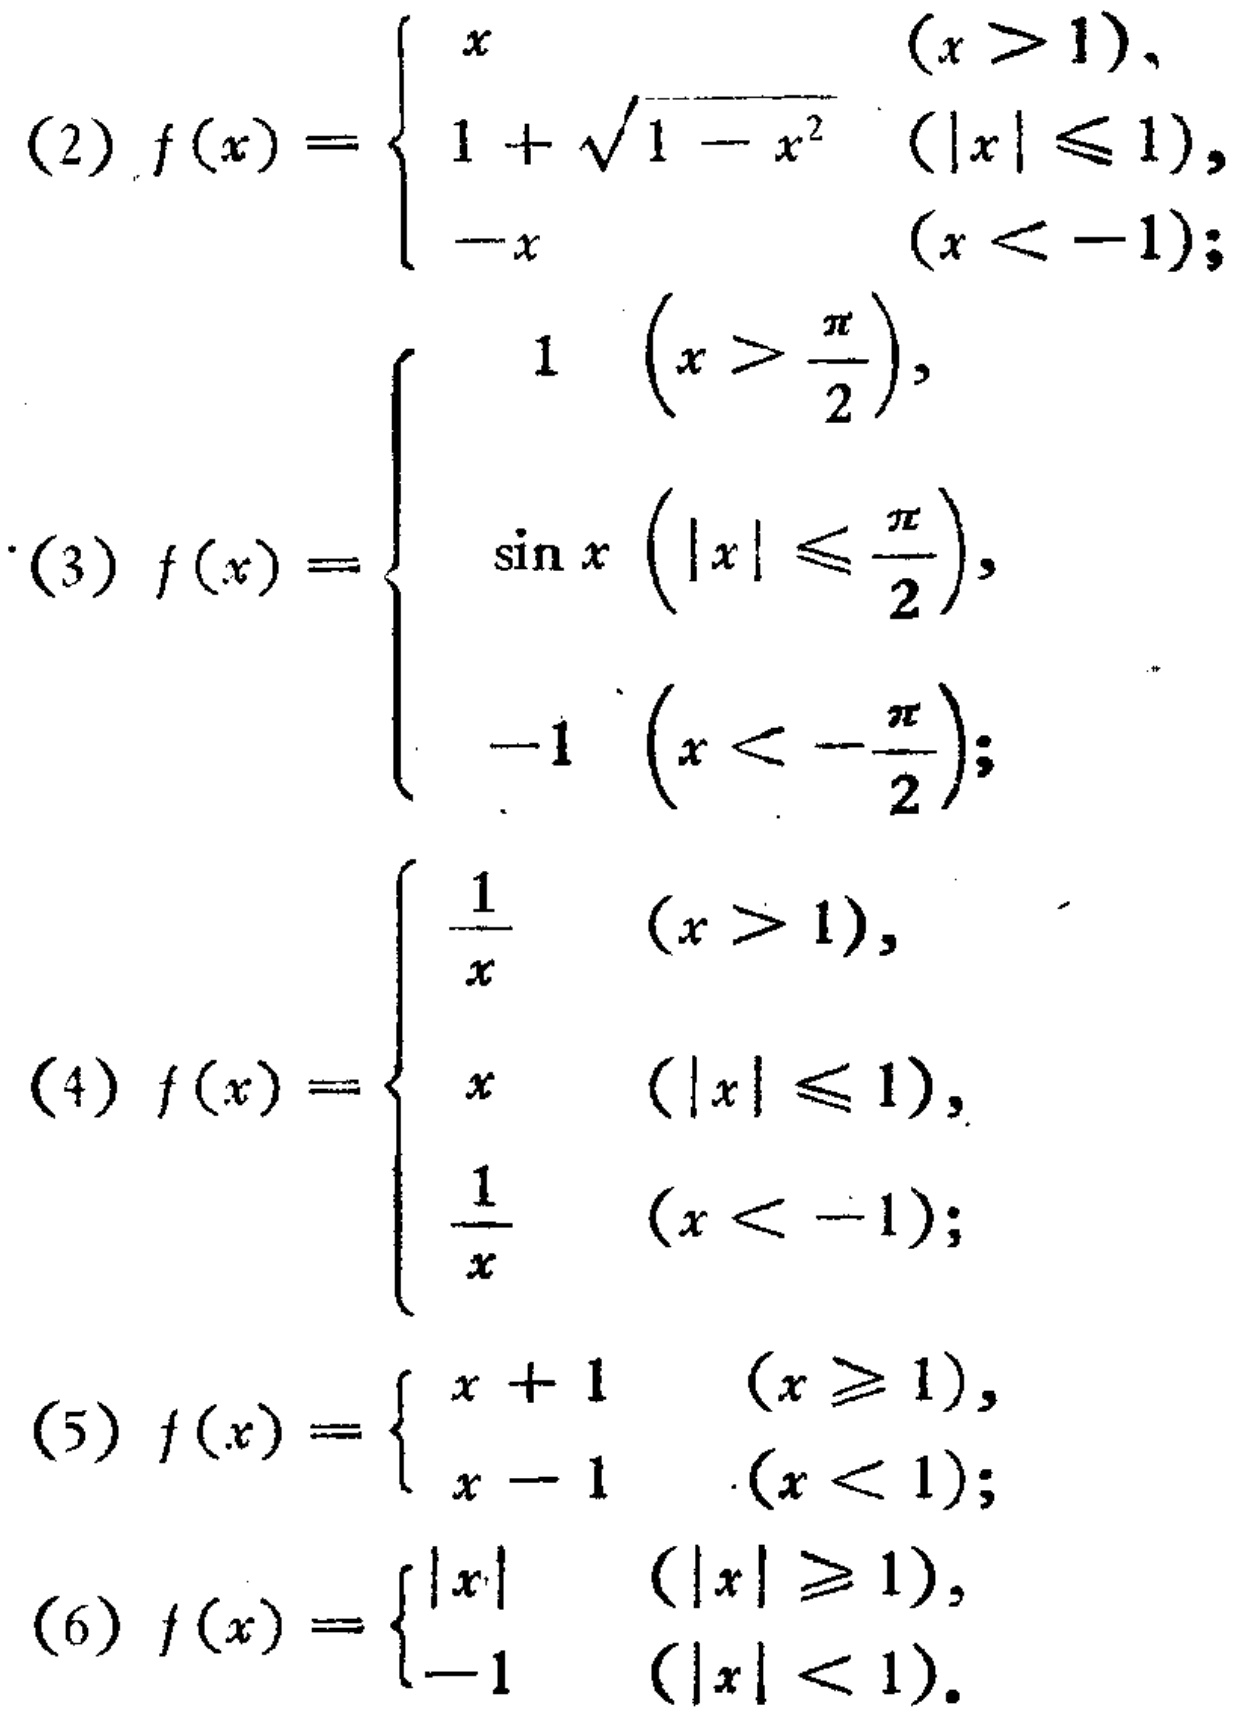
(2) \(f(x)=\begin{cases}
x & (x > 1),\\
1+\sqrt{1 - x^{2}}&(|x|\leq1),\\
-x&(x < - 1);
\end{cases}\)

(3) \(f(x)=\begin{cases}
1&(x > \frac{\pi}{2}),\\
\sin x&(|x|\leq\frac{\pi}{2}),\\
-1&(x < -\frac{\pi}{2});
\end{cases}\)

(4) \(f(x)=\begin{cases}
\frac{1}{x}&(x > 1),\\
x&(|x|\leq1),\\
\frac{1}{x}&(x < - 1);
\end{cases}\)

(5) \(f(x)=\begin{cases}
x + 1&(x\geq1),\\
x - 1&(x < 1);
\end{cases}\)

(6) \(f(x)=\begin{cases}
|x|&(|x|\geq1),\\
-1&(|x| < 1).
\end{cases}\)